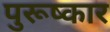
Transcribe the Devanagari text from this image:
पुरूष्कार